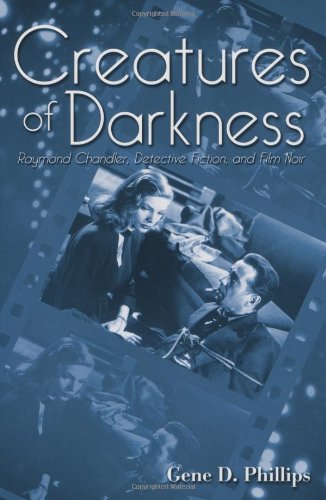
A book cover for Creatures of Darkness: Raymond Chandler, Detective Fiction, and Film Noir; Gene D. Phillips; Mystery, Thriller & Suspense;